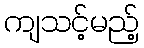
ကျသင့်မည့်